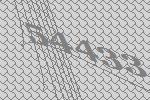
54433